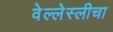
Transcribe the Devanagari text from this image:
वेल्लेस्लीचा